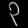
Digit: ၃